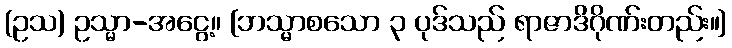
(ဥသ) ဥသ္မာ-အငွေ့။ [ဘသ္မာစသော ၃ ပုဒ်သည် ရာဇာဒိဂိုဏ်းတည်း။]